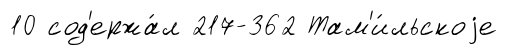
10 сод'ержа́л 217-362 Там'и́льскоjе